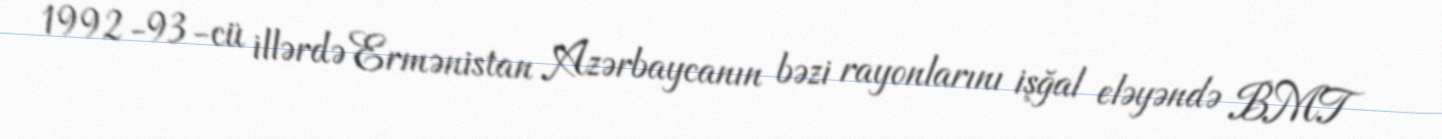
1992-93-cü illərdə Ermənistan Azərbaycanın bəzi rayonlarını işğal eləyəndə BMT